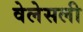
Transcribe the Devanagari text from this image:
वेलेसली